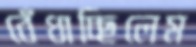
বেঁধাচ্ছিলেম